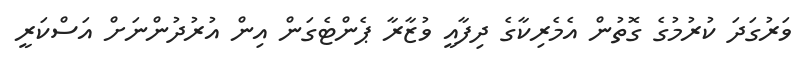
ވަރުގަދަ ކުރުމުގެ ގޮތުން އެމެރިކާގެ ދިފާއީ ވުޒާރާ ޕެންޓެގަން އިން އުރުދުންނަށް އަސްކަރީ